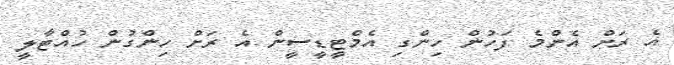
އެ ރަށް އެންމެ ފަހުން ހިންގި އެމްޓީޑީސީން އެ ރަށް ހިންގުން ހުއްޓާލީ